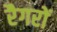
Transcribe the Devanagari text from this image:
रैगरों